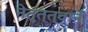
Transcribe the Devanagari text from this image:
नेतृत्त्वांनी